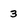
Character: 3